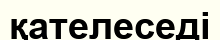
қателеседі